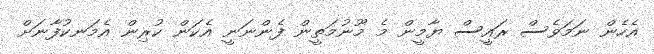
އެހެން ނަމަވެސް ރައީސް ޔާމީން މެ މޫނުމަތީން ފެންނަނީ އެކަން ކުރިން އެމަނކުފާނަށް